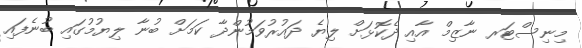
މިނިސްޓަރ ނާޒިމް އާއި ދެކޮޅަށް ލިޔެ ދައުރުވަމުންދާ ކަމަށް ބުނާ ލިޔުމުގައި ބުނެފައި